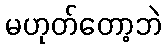
မဟုတ်တော့ဘဲ